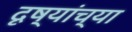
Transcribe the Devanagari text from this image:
दृष्यांच्या